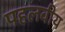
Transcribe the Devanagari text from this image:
पहलवीय